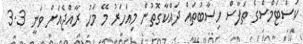
ކަސްޓަމްސްގެ ތަފާސް ހިސާބުތައް ދައްކާގޮތުން މިއަހަރު މޭ މަހު ރާއްޖެއަށް ވަނީ 3.3